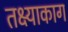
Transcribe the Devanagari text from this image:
तक्ष्याकाग